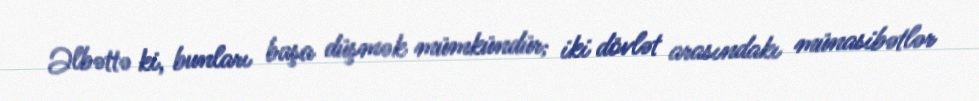
Əlbəttə ki, bunları başa düşmək mümkündür; iki dövlət arasındakı münasibətlər